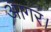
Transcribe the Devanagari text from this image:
आगर।